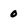
Character: 0